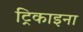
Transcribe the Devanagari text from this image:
ट्रिकाइना